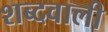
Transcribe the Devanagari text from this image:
शब्दवाली